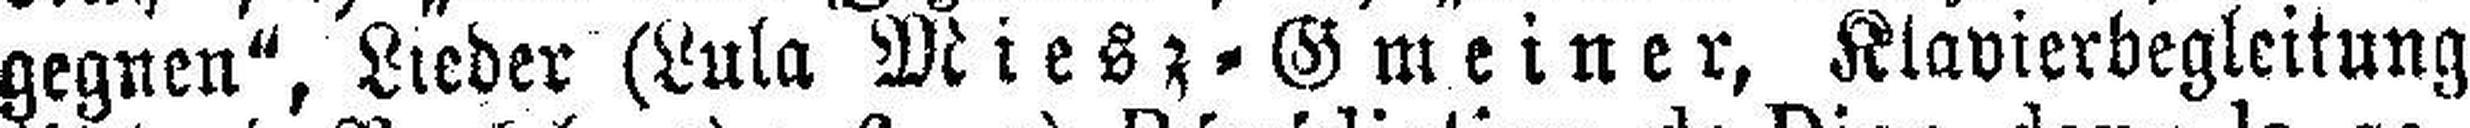
gegnen", Lieder (Lula Miesz = Gmeiner, Klavierbegleitung